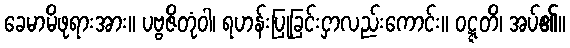
ခေမာမိဖုရားအား။ ပဗ္ဗဇိတုံဝါ၊ ရဟန်းပြုခြင်းငှာလည်းကောင်း။ ဝဋ္ဋတိ၊ အပ်၏။